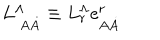
L _ { \ A \dot { A } } ^ { \Lambda } \equiv L _ { r } ^ { \Lambda } \mathrm { e } _ { A \dot { A } } ^ { r }